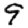
Digit: 9